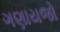
ગણાયજો